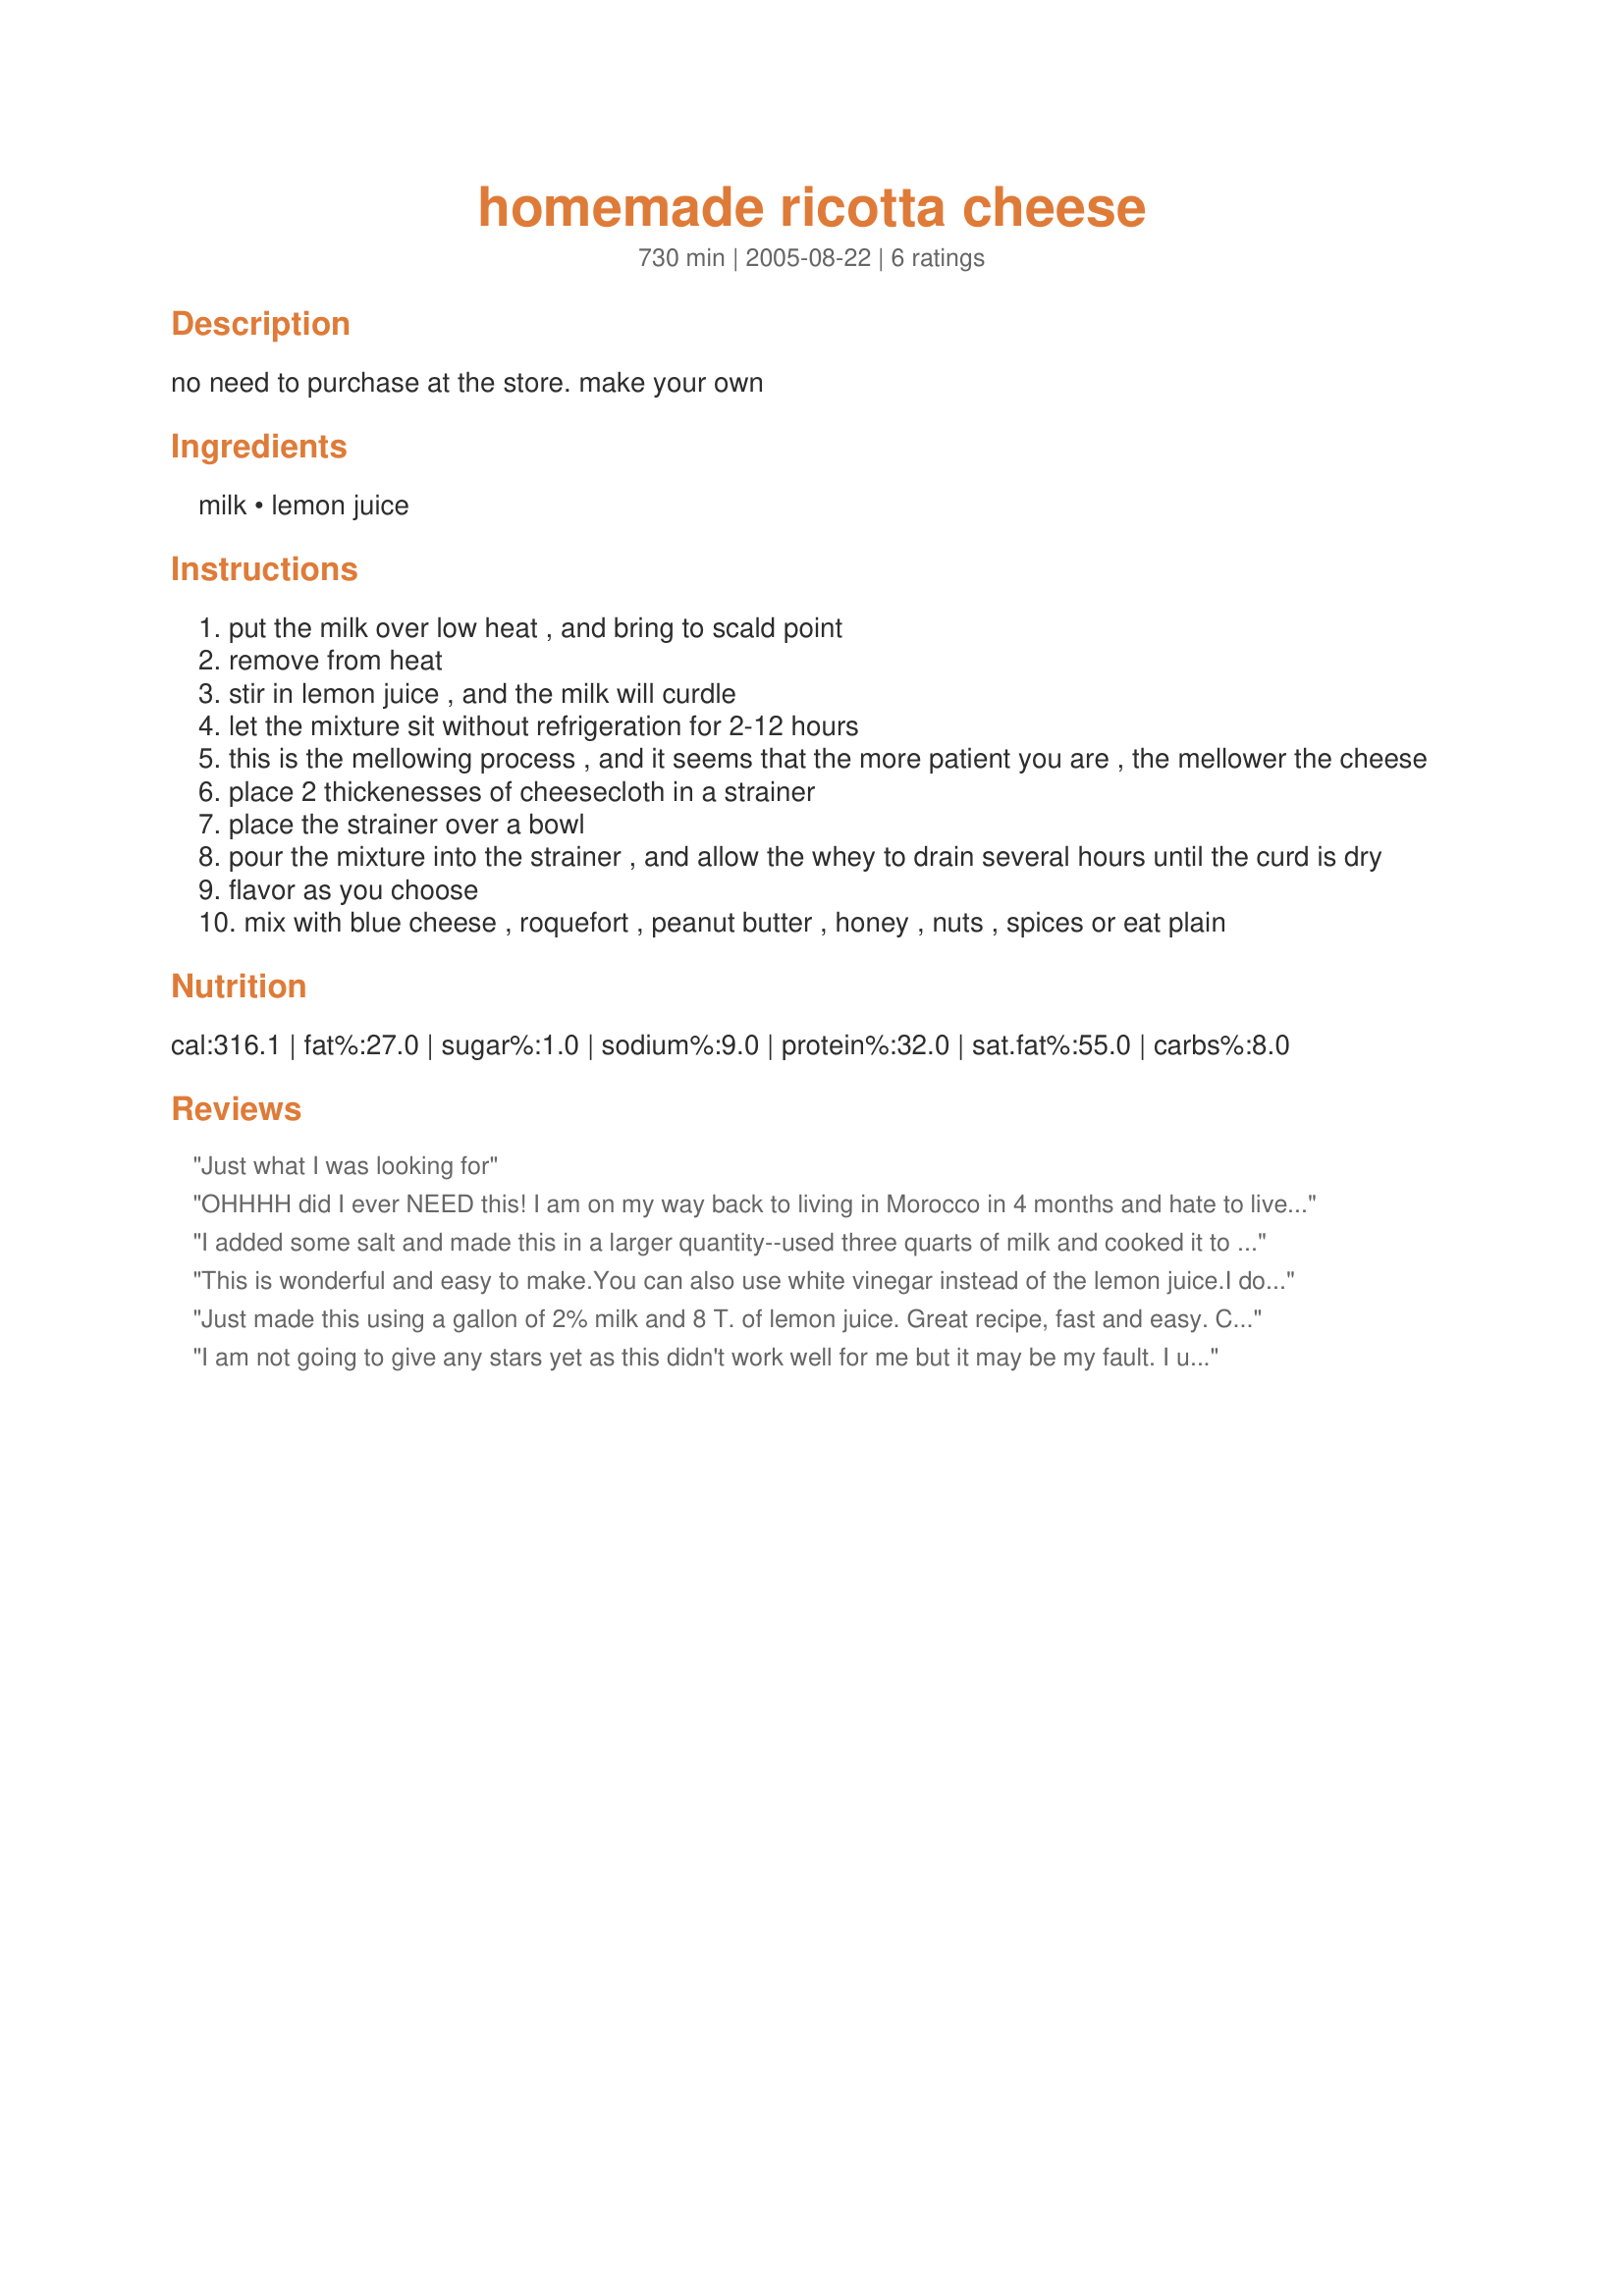
homemade ricotta cheese
Preparation time: 730 minutes

no need to purchase at the store. make your own

Ingredients:
milk, lemon juice

Steps:
put the milk over low heat , and bring to scald point
remove from heat
stir in lemon juice , and the milk will curdle
let the mixture sit without refrigeration for 2-12 hours
this is the mellowing process , and it seems that the more patient you are , the mellower the cheese
place 2 thickenesses of cheesecloth in a strainer
place the strainer over a bowl
pour the mixture into the strainer , and allow the whey to drain several hours until the curd is dry
flavor as you choose
mix with blue cheese , roquefort , peanut butter , honey , nuts , spices or eat plain

Reviews:
Just what I was looking for
OHHHH did I ever NEED this! I am on my way back to living in Morocco in 4 months and hate to live without ricotta. THANK YOU!!
I added some salt and made this in a larger quantity--used three quarts of milk and cooked it to a slightly higher temperature (200). This is good ricotta--and the whey (the liquid which drips out of the cheese)is great for use in bread baking. I must say, however, that one does not get a yield of two cups of cheese from one quart of milk.
This is wonderful and easy to make.You can also use white vinegar instead of the lemon juice.I doubled the recipe and I used whole milk .This is much creamier that store bought . Thank you for sharing this excellent recipe
Just made this using a gallon of 2% milk and 8 T. of lemon juice. Great recipe, fast and easy.
Cheese seems to have a lemony taste to it, but that could be because I didn't let it set for the mellowing process. With the dish i made the cheese for the lemon flavor will work fine.
Also my gallon of 2% only made 2 cups of cheese, maybe whole milk produces more curds.
I am not going to give any stars yet as this didn't work well for me but it may be my fault. I used 1 gallon of powdered milk (reconstituted) and it made a very paltry amout of ricotta about 1 cup. I am going to try again with whole milk and see if that makes a difference. That 1 cup was very good though.
